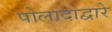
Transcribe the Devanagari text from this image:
पोलादाद्वारे